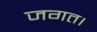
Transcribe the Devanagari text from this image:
जगत।